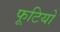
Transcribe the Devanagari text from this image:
फूटियो